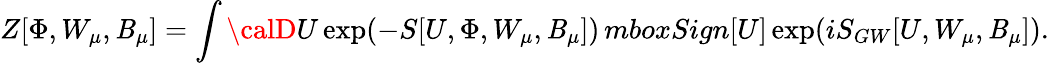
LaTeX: Z[\Phi,W_{\mu},\mathit{B}_{\mu}]=\int{\calD}U\exp(-S[U,\Phi,W_{\mu},\mathit{B}_{\mu}])\, mbox{Sign}[U]\exp(iS_{GW}[U,W_{\mu},\mathit{B}_{\mu}]).